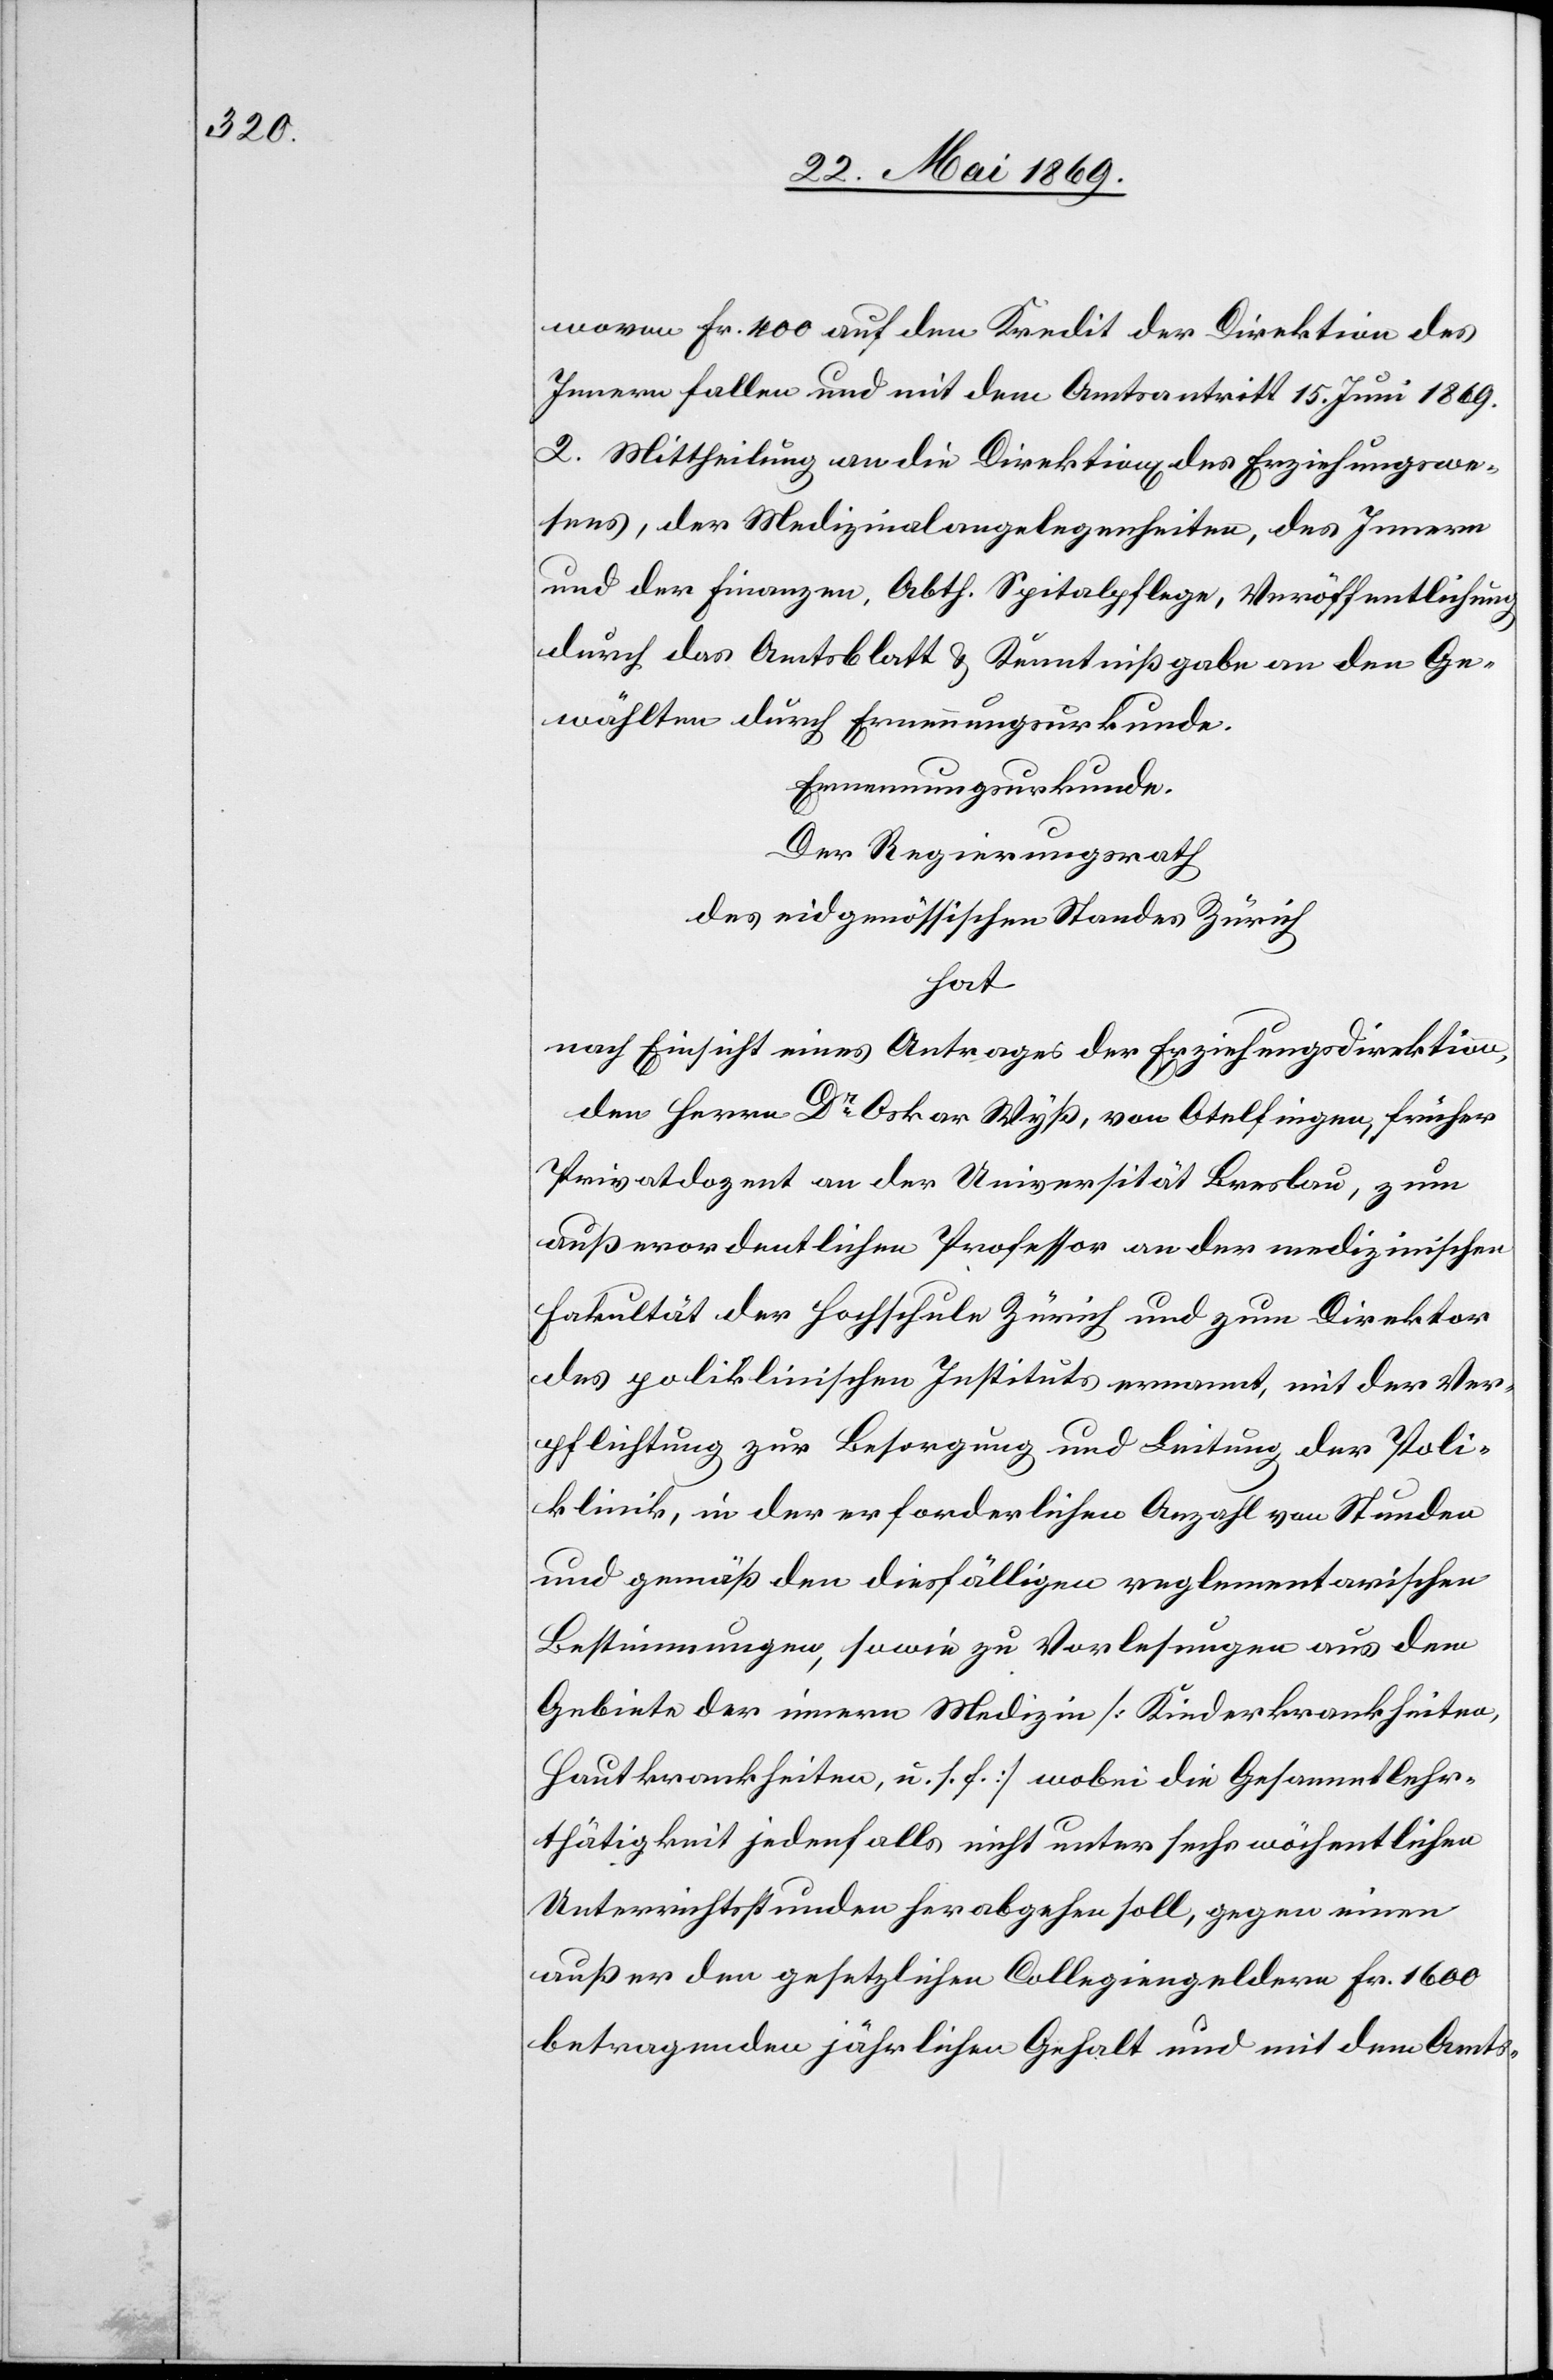
wovon Fr 400 auf den Kredit der Direktion des
Innern fallen und mit dem Amtsantritt 15. Juni 1869.
2. Mittheilung an die Direktion des Erziehungswe¬
sens, der Medizinalangelegenheiten, des Innern
und der Finanzen, Abth. Spitalpflege, Veröffentlichung
durch das Amtsblatt u. Kenntnißgabe an den Ge¬
wählten durch Ernennungsurkunde.
Ernennungsurkunde.
Der Regierungsrath
des eidgenößischen Standes Zürich
hat
nach Einsicht eines Antrages der Erziehungsdirektion,
den Herrn Dr Oskar Wyß, von Otelfingen, früher
Privatdozent an der Universität Breslau, zum
außerordentlichen Professor an der medizinischen
Fakultät der Hochschule Zürich und zum Direktor
des polizeilichen Instituts ernannt, mit der Ver¬
pflichtung zur Besorgung und Leitung der Poli¬
klinik, in der erforderlichen Anzahl von Stunden
und gemäß den diesfälligen reglementarischen
Bestimmungen, sowie zu Vorlesungen aus dem
Gebiete der innern Medizin [Kinderkrankheiten,
Hautkrankheiten, u. s. f.] wobei die Gesammtlehrb¬
uchthätigkeit jedenfalls nicht unter sechs wöchentlichen
Unterrichtsstunden herabgehen soll, gegen einen
außer den gesetzlichen Collegiengeldern Fr. 1600
betragenden jährlichen Gehalt und mit dem Amts-